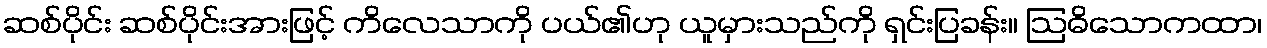
ဆစ်ပိုင်း ဆစ်ပိုင်းအားဖြင့် ကိလေသာကို ပယ်၏ဟု ယူမှားသည်ကို ရှင်းပြခန်း။ ဩဓိသောကထာ၊